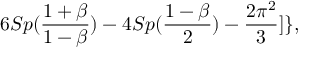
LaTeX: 6 S p ( { \frac { 1 + \beta } { 1 - \beta } } ) - 4 S p ( { \frac { 1 - \beta } { 2 } } ) - { \frac { 2 \pi ^ { 2 } } { 3 } } ] \} ,